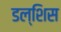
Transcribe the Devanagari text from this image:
डल्शिस